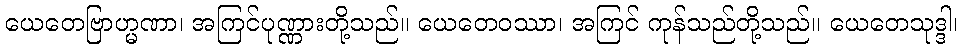
ယေတေဗြာဟ္မဏာ၊ အကြင်ပုဏ္ဏားတို့သည်။ ယေတေဝဿာ၊ အကြင် ကုန်သည်တို့သည်။ ယေတေသုဒ္ဒါ၊